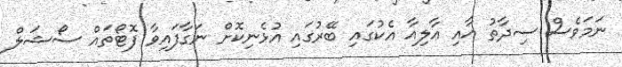
ނަމަވެސް ސިދާތު އާއި އާލިއާ އެކުގައި ބޭރުގައި އުޅެނިކޮށް ނަގާފައިވާ ފޮޓޯތައް ސޯޝަލް